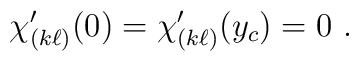
\chi_{(k \ell)}'(0) = \chi_{(k \ell)}'(y_c) = 0  ~.